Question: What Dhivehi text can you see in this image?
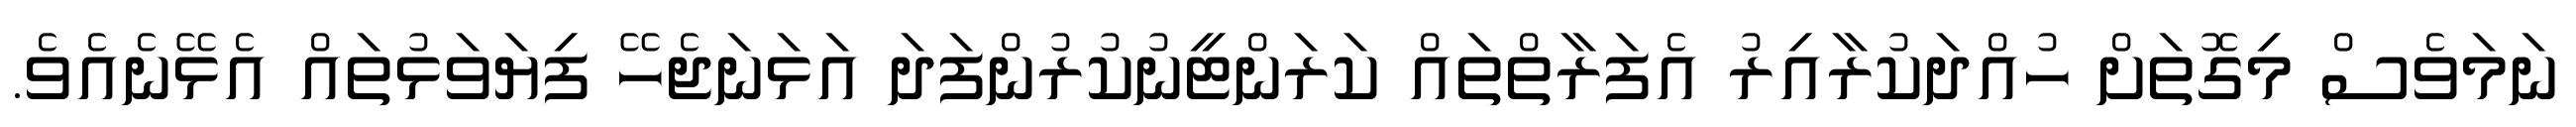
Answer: ނަމަވެސް މިގޮތަށް ހުއްދަކުރާއިރު އެފަރާތްތައް ކަރަންޓީނުކުރުންފަދަ އަޅަނަޖެހޭ ފިޔަވަޅުތައް އެޅޭނެއެވެ.